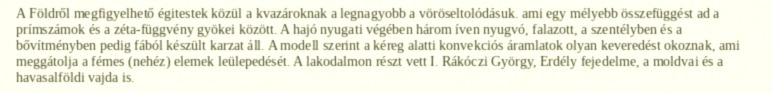
A Földről megfigyelhető égitestek közül a kvazároknak a legnagyobb a vöröseltolódásuk. ami egy mélyebb összefüggést ad a prímszámok és a zéta-függvény gyökei között. A hajó nyugati végében három íven nyugvó, falazott, a szentélyben és a bővítményben pedig fából készült karzat áll. A modell szerint a kéreg alatti konvekciós áramlatok olyan keveredést okoznak, ami meggátolja a fémes (nehéz) elemek leülepedését. A lakodalmon részt vett I. Rákóczi György, Erdély fejedelme, a moldvai és a havasalföldi vajda is.